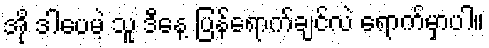
အို ဒါပေမဲ့ သူ ဒီနေ့ ပြန်ရောက်ချင်လဲ ရောက်မှာပါ။